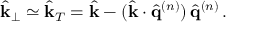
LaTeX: \hat { { \bf k } } _ { \perp } \simeq \hat { { \bf k } } _ { T } = \hat { { \bf k } } - ( \hat { { \bf k } } \cdot \hat { { \bf q } } ^ { ( n ) } ) \, \hat { { \bf q } } ^ { ( n ) } \, .